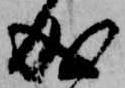
成